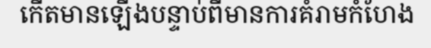
កើតមានឡើងបន្ទាប់ពីមានការគំរាមកំហែង